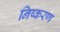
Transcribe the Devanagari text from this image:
निष्करण